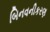
બિનવનીકરણ